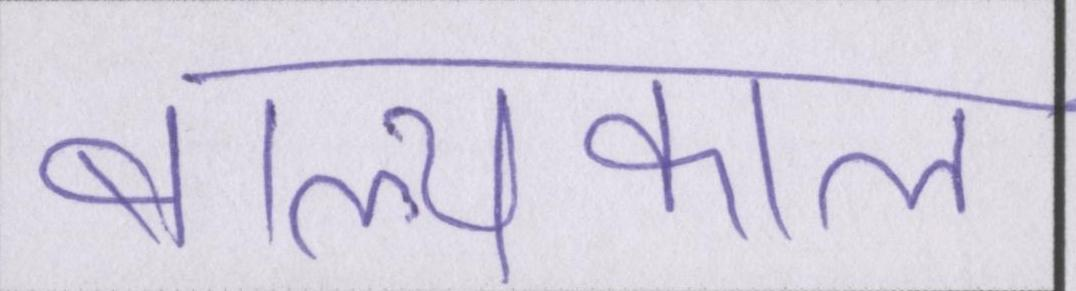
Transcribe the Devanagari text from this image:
बाल्यकाल